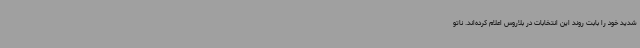
شدید خود را بابت روند این انتخابات در بلاروس اعلام کرده‌اند. ناتو